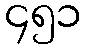
၄၅၁